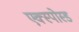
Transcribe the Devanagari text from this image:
एक्स्पोस्ड